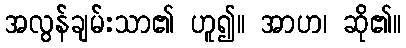
အလွန်ချမ်းသာ၏ ဟူ၍။ အာဟ၊ ဆို၏။